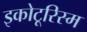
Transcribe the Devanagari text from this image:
इकोटूरिस्म